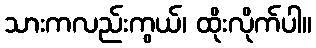
သားကလည်းကွယ်၊ ထိုးလိုက်ပါ။